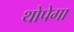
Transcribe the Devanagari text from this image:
थोपेगा